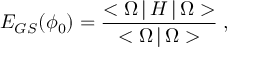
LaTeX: E _ { G S } ( \phi _ { 0 } ) = { \frac { < \Omega \, | \, H \, | \, \Omega > } { < \Omega \, | \, \Omega > } } \; ,